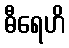
ဓီရေဟိ